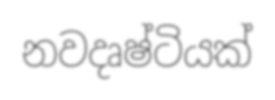
නවදෘෂ්ටියක්